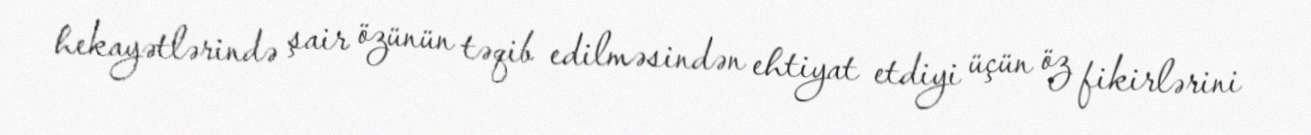
hekayətlərində şair özünün təqib edilməsindən ehtiyat etdiyi üçün öz fikirlərini